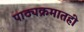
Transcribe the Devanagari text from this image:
पाठ्यक्रमातही